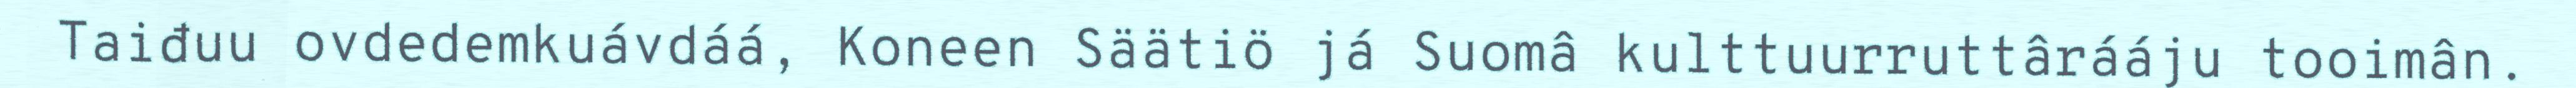
Taiđuu ovdedemkuávdáá, Koneen Säätiö já Suomâ kulttuurruttârááju tooimân.